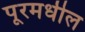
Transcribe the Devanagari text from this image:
पूरमधील